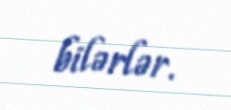
bilərlər.